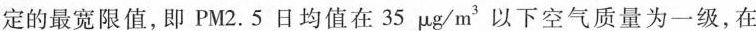
定的最宽限值，即PM2.5日均值在35μg/m^{ 3 }以下空气质量为一级，在